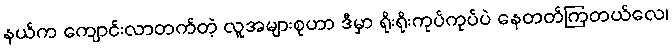
နယ်က ကျောင်းလာတက်တဲ့ လူအများစုဟာ ဒီမှာ ရိုးရိုးကုပ်ကုပ်ပဲ နေတတ်ကြတယ်လေ၊